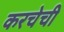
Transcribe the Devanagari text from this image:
करचेची